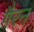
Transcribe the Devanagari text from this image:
गैरन